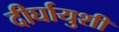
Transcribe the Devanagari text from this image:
दीर्घायुशी